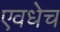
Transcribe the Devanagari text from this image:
एवधेच